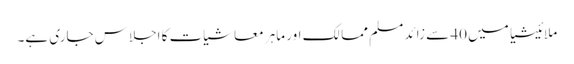
ملائیشیا میں 40 سے زائد مسلم ممالک اور ماہر معاشیات کا اجلاس جاری ہے۔